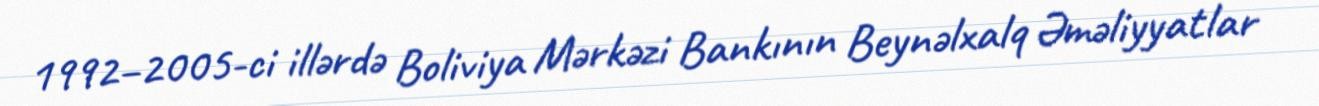
1992–2005-ci illərdə Boliviya Mərkəzi Bankının Beynəlxalq Əməliyyatlar